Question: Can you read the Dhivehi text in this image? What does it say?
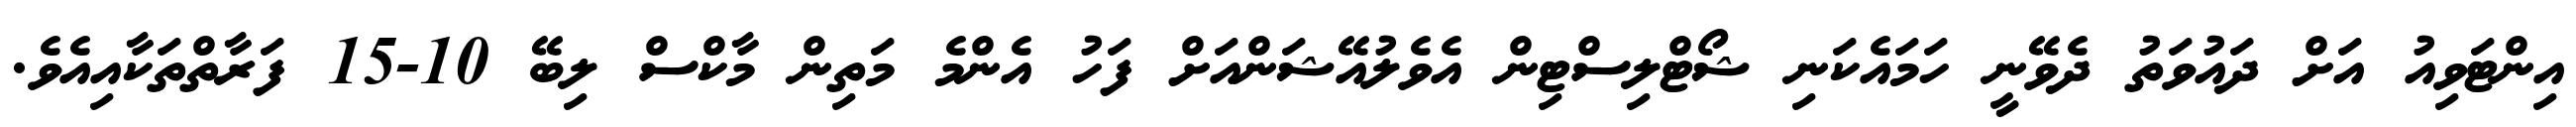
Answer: އިންޓަވިއު އަށް ދައުވަތު ދެވޭނީ ހަމައެކަނި ޝޯޓްލިސްޓިން އެވެލުއޭޝަންއަށް ފަހު އެންމެ މަތިން މާކްސް ލިބޭ 10-15 ފަރާތްތަކާއިއެވެ.